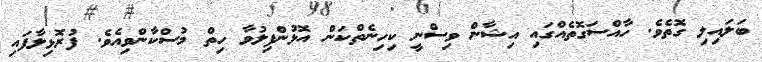
ބަލައިލި ގޮތެވެ. ހާއްސަގޮތެއްގައި އިޝާން ވިސްނީ ކިހިނެތްކަން އޮޅުންފިލުވާ ހިތް މުސްކާންވިއެވެ. ފުރޮޅިލާފައި